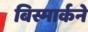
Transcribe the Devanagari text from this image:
बिस्मार्कने